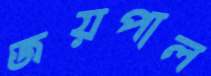
জয়পাল